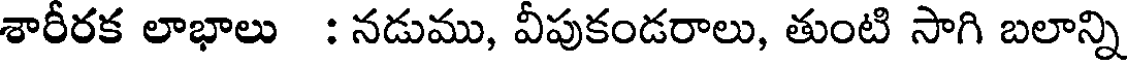
శారీరక లాభాలు : నడుము, వీపుకండరాలు, తుంటి సాగి బలాన్ని